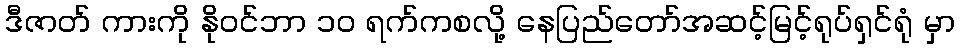
ဒီဇာတ် ကားကို နိုဝင်ဘာ ၁၀ ရက်ကစလို့ နေပြည်တော်အဆင့်မြင့်ရုပ်ရှင်ရုံ မှာ